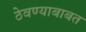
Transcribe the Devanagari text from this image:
ठेवण्याबाबत